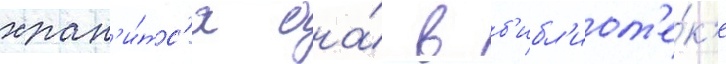
хран'и́тс'я она́ в б'ибл'иот'е́к'е